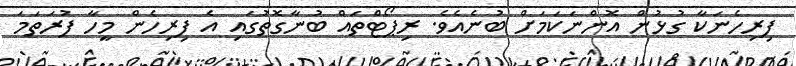
ފިރިހެނަކާ ގުޅުން އޮންނަކަމަށް ބުނެއެވެ. ރިޕޯޓްތައް ބުނާގޮތުގައި އެ ފިރިހެން މީހާ ފުރަތަަމަ